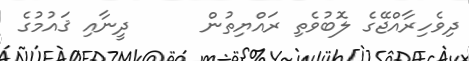
ދިވެހިރާއްޖޭގެ ލޮބުވެތި ރައްޔިތުން      ދީނާއި ޤައުމުގެ